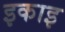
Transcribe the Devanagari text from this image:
इकाइ